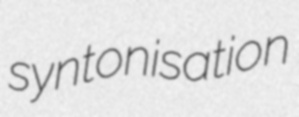
syntonisation